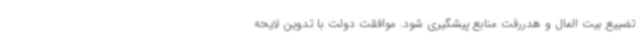
تضییع بیت المال و هدررفت منابع پیشگیری شود. موافقت دولت با تدوین لایحه